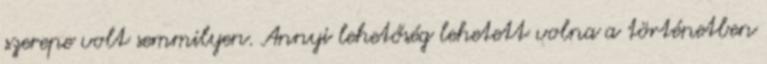
szerepe volt semmilyen. Annyi lehetőség lehetett volna a történetben